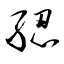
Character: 綛